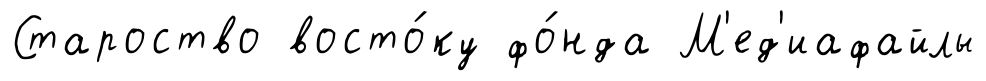
Староство восто́ку фо́нда М'ед'иафайлы